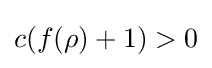
c(f(\rho )+1)>0